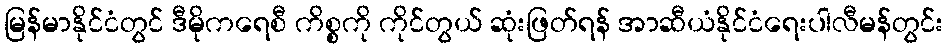
မြန်မာနိုင်ငံတွင် ဒီမိုကရေစီ ကိစ္စကို ကိုင်တွယ် ဆုံးဖြတ်ရန် အာဆီယံနိုင်ငံရေးပါလီမန်တွင်း